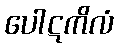
ပေါဋကိလံ